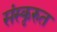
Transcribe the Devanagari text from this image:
संस्कृरुत